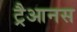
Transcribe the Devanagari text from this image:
ट्रैआनस